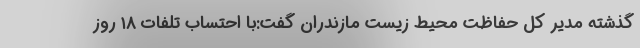
گذشته مدیر کل حفاظت محیط زیست مازندران گفت:با احتساب تلفات ۱۸ روز